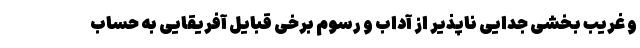
و غریب بخشی جدایی ناپذیر از آداب و رسوم برخی قبایل آفریقایی به حساب